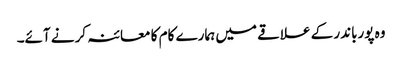
وہ پورباندر کے علاقے میں ہمارے کام کا معائنہ کرنے آئے۔